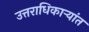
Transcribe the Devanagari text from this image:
उत्तराधिकाऱ्यांत